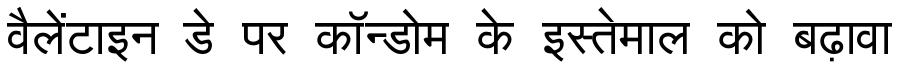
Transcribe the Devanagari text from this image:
वैलेंटाइन डे पर कॉन्डोम के इस्तेमाल को बढ़ावा